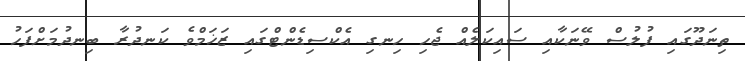
ތިނަދޫގައި ފުލުސް ވޭނަކާއި ސައިކަލެއް ޖެހި ހިނގި އެކްސިޑެންޓްގައި ޒަޚަމްވެ ކަނދުރާ ބިނދުމަށްފަހު